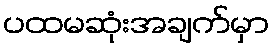
ပထမဆုံးအချက်မှာ